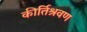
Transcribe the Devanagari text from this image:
कीर्तिश्रवण